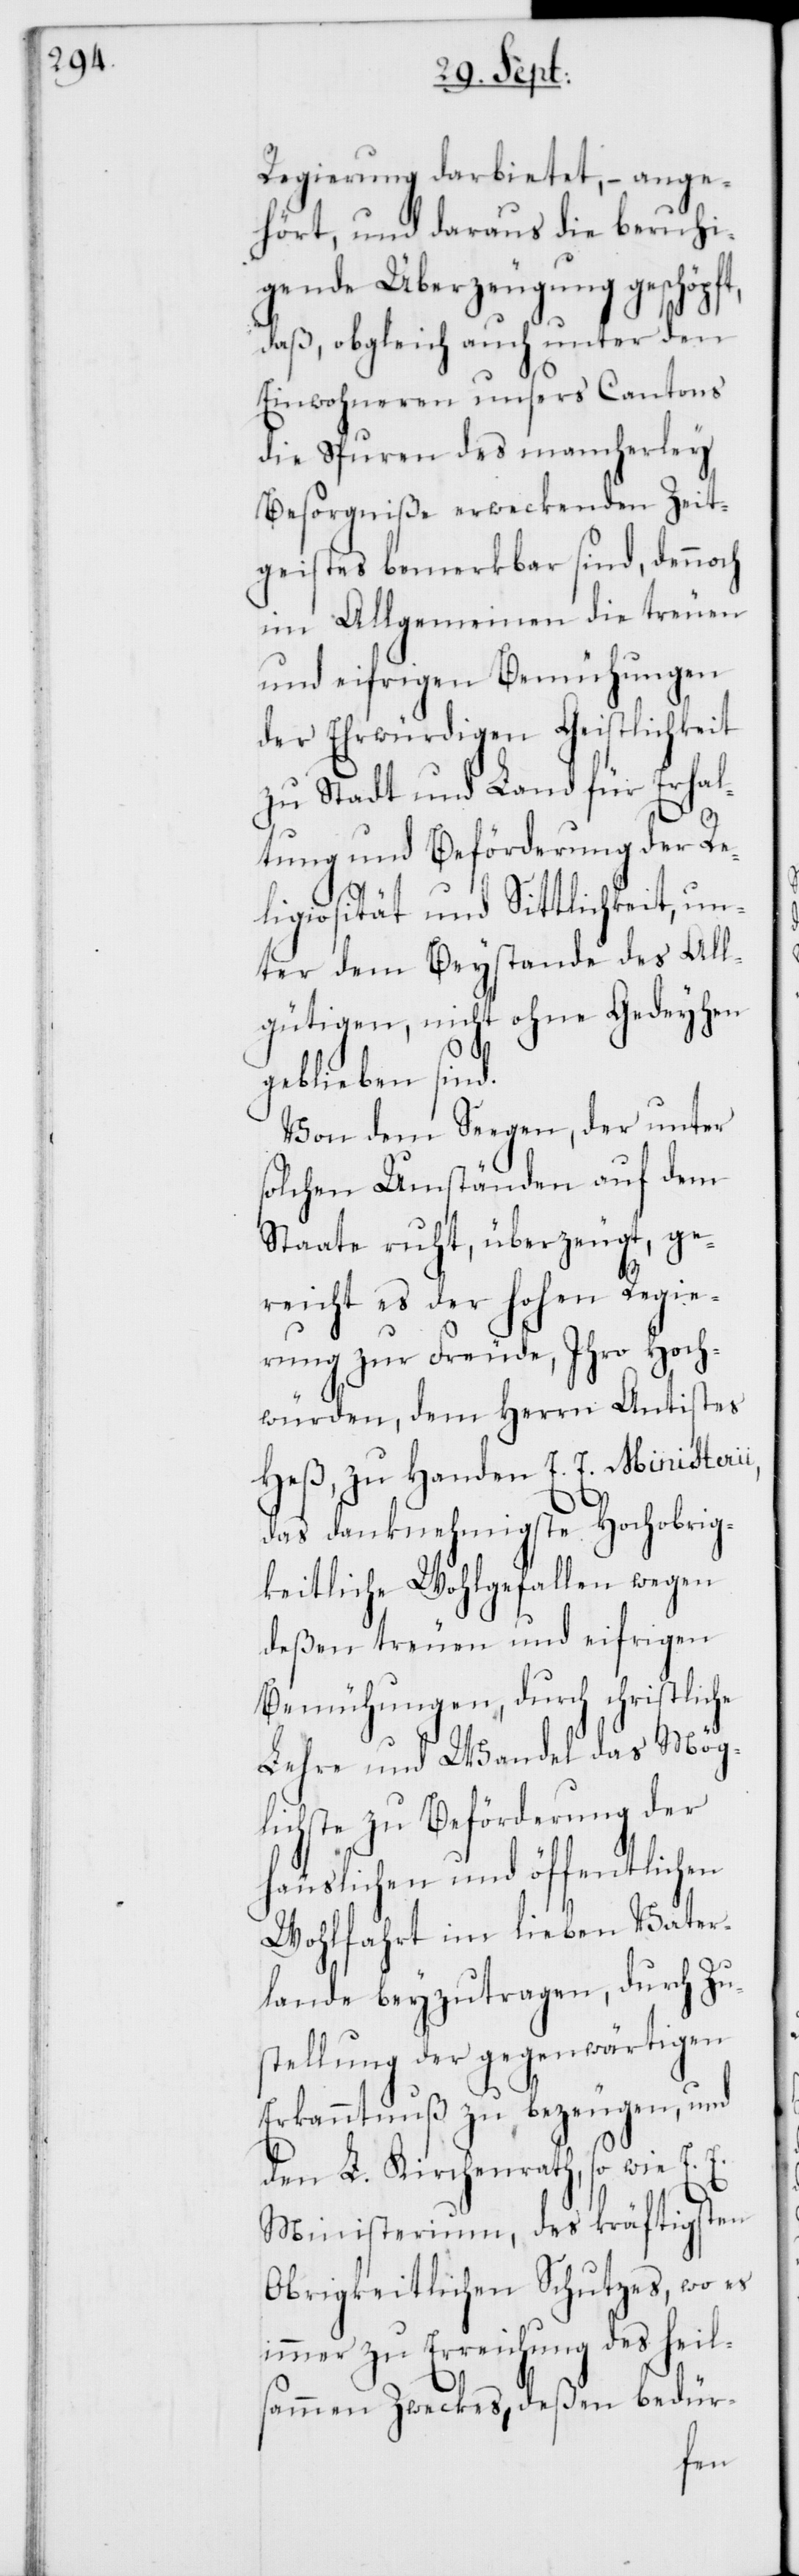
Regierung darbietet, – ange¬
hört, und daraus die beruhi¬
gende Überzeugung geschöpft,
daß, obgleich auch unter den
Einwohneren unsers Cantons
die Spuren des mancherley
Besorgniße erweckenden Zeit¬
geistes bemerkbar sind, dennoch
im Allgemeinen die treuen
und eifrigen Bemühungen
der Ehrwürdigen Geistlichkeit
zu Stadt und Land für Erhal¬
tung und Beförderung der Re¬
ligiosität und Sittlichkeit, un¬
ter dem Beystande des All¬
gütigen, nicht ohne Gedeyhen
geblieben sind.
Von dem Segen, der unter
solchen Umständen auf dem
Staate ruht, überzeugt, ge¬
reicht es der Hohen Regie¬
rung zur Freude, Ihro Hoch¬
würden, dem Herrn Antistes
Heß, zu Handen E. E. Ministerii,
das danknehmigste Hochobrig¬
keitliche Wohlgefallen wegen
deßen treuen und eifrigen
Bemühungen, durch christliche
Lehre und Wandel das Mög¬
lichste zu Beförderung der
häuslichen und öffentlichen
Wohlfahrt im lieben Vater¬
lande beyzutragen, durch Zu¬
stellung der gegenwärtigen
Erkanntnuß zu bezeugen, und
den L. Kirchenrath, so wie E. E.
Ministerium, des kräftigsten
Obrigkeitlichen Schutzes, wo es
immer zu Erreichung des heil¬
sammen Zweckes, deßen bedür-